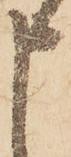
申